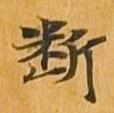
断